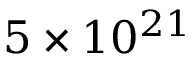
5 \times 1 0 ^ { 2 1 }